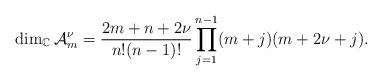
LaTeX: \begin{align*}\dim _{\mathbb{C}}\mathcal{A}_{m}^{\nu }=\frac{2m+n+2\nu }{n!(n-1)!}\prod\limits_{j=1}^{n-1}(m+j)(m+2\nu +j) .\end{align*}